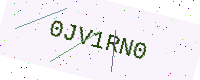
Text: 0JV1RN0